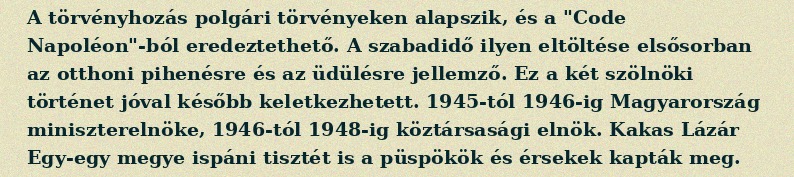
A törvényhozás polgári törvényeken alapszik, és a "Code Napoléon"-ból eredeztethető. A szabadidő ilyen eltöltése elsősorban az otthoni pihenésre és az üdülésre jellemző. Ez a két szölnöki történet jóval később keletkezhetett. 1945-tól 1946-ig Magyarország miniszterelnöke, 1946-tól 1948-ig köztársasági elnök. Kakas Lázár Egy-egy megye ispáni tisztét is a püspökök és érsekek kapták meg.